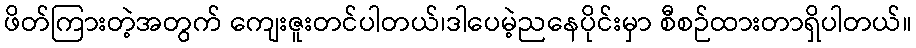
ဖိတ်ကြားတဲ့အတွက် ကျေးဇူးတင်ပါတယ်၊ဒါပေမဲ့ညနေပိုင်းမှာ စီစဉ်ထားတာရှိပါတယ်။